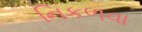
નિકળવા